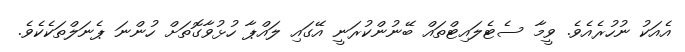
އެއަކު ނުހުރެއެވެ. ވީމާ ސެޓެލައިޓްތައް ބޭނުންކުރަނީ އޭގައި ލައްޕާ ހުޅުވާގޮތަށް ހުންނަ ޕެނަލްތަކެކެވެ.